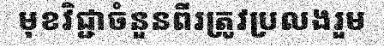
មុខវិជ្ជាចំនួនពីរត្រូវប្រលងរួម